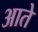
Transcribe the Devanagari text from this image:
आते